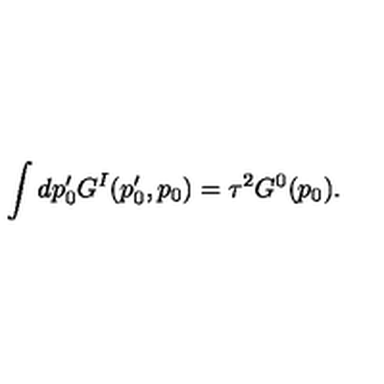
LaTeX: \qquad \int d p _ { 0 } ^ { \prime } G ^ { I } ( p _ { 0 } ^ { \prime } , p _ { 0 } ) = \tau ^ { 2 } G ^ { 0 } ( p _ { 0 } ) .